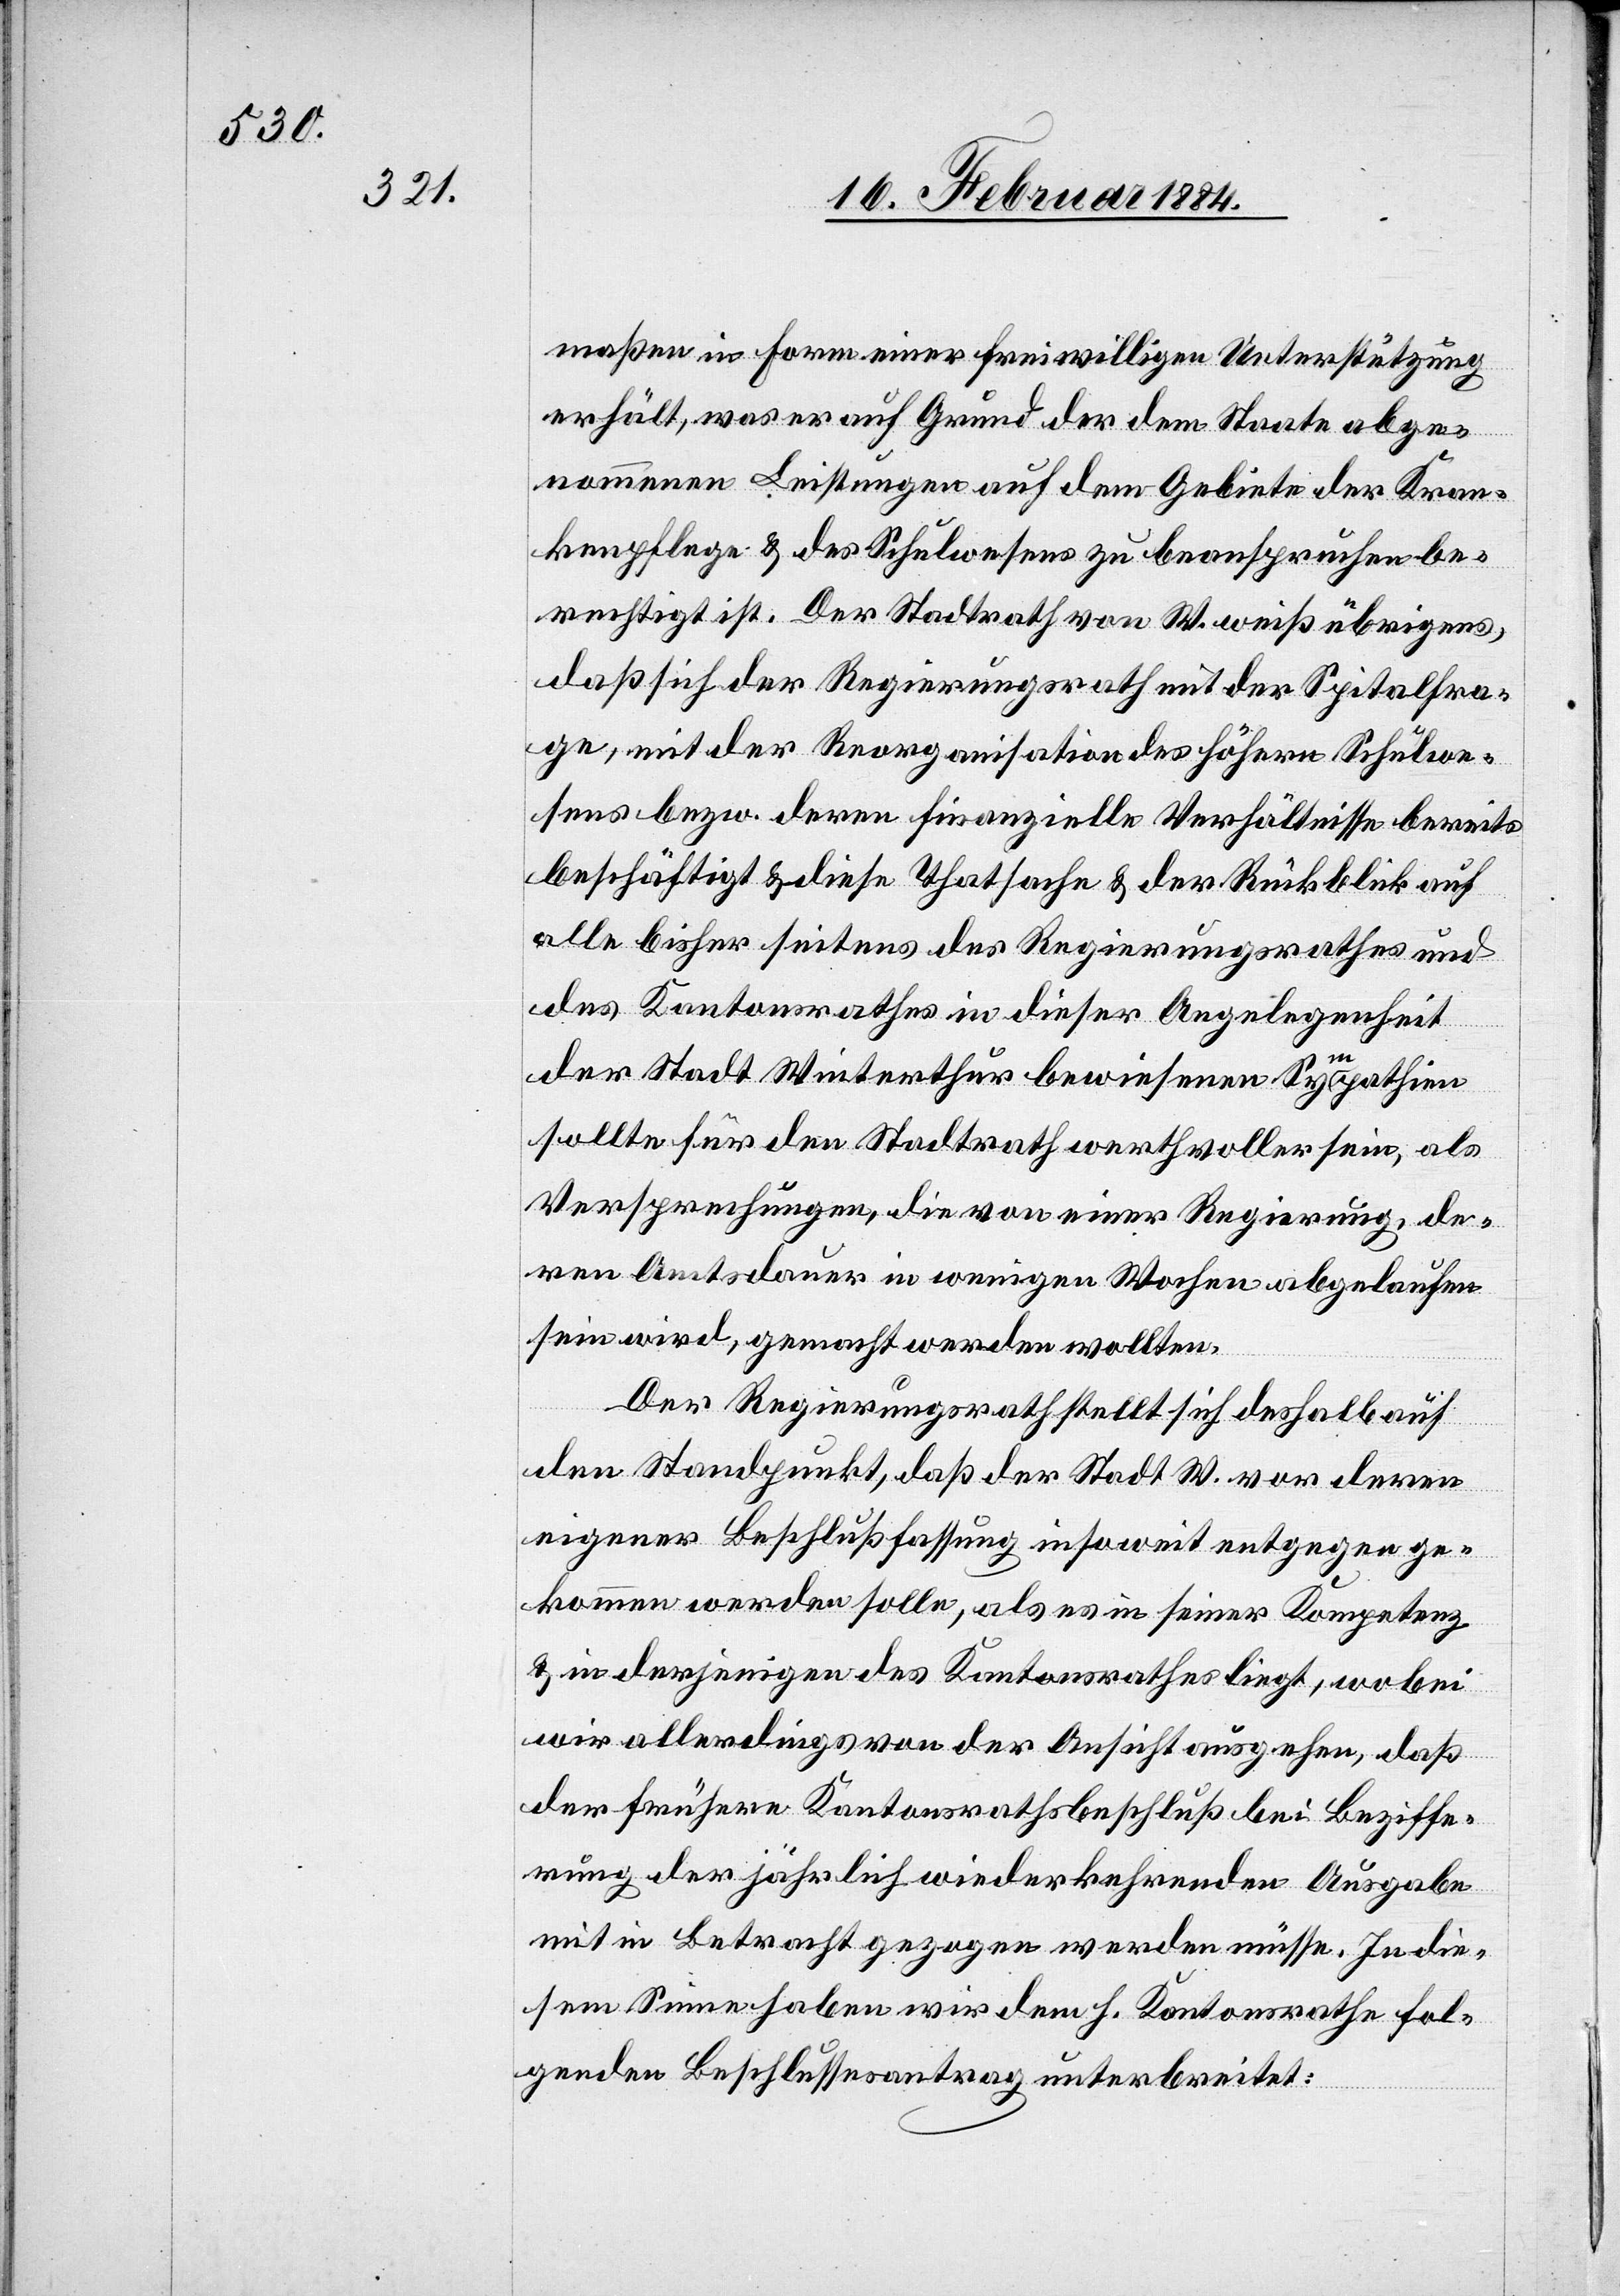
maßen in Form einer freiwilligen Unterstützung
erhält, was es auf Grund der dem Staate abge¬
nommenen Leistungen auf dem Gebiete der Kran¬
kenpflege & des Schulwesens zu beanspruchen be¬
rechtigt ist. Der Stadtrath von W. weiß übrigens,
daß sich der Regierungsrath mit der Spitalfra¬
ge, mit der Reorganisation des höhern Schulwe¬
sens bzw. deren finanzielle Verhältnisse bereits
beschäftigt & diese Thatsache & der Rückblick auf
alle bisher seitens des Regierungsrathes und
des Kantonsrathes in dieser Angelegenheit
der Stadt Winterthur bewiesenen Sympathien
sollte für den Stadtrath werthvoller sein, als
Versprechungen, die von einer Regierung, de¬
ren Amtsdauer in wenigen Wochen abgelaufen
sein wird, gemacht werden wollte.
Der Regierungsrath stellt sich deshalb auf
den Standpunkt, daß der Stadt W. vor deren
eigenen Beschlußfassung insoweit entgegen ge¬
kommen werden solle, als es in seiner Kompetenz
& in derjenigen des Kantonsrathes liegt, wobei
wir allerdings von der Ansicht ausgehen, daß
der frühere Kantonsrathsbeschluß bei Beziffe¬
rung der jährlich wiederkehrenden Ausgaben
mit in Betracht gezogen werden müsse. In die¬
sem Sinne haben wir dem h. Kantonsrathe fol¬
genden Beschlussesantrag unterbreitet: